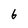
Character: 6